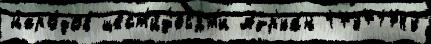
наро́дов шест'и́д'ес'ят'и Адр'иа́н 17371743